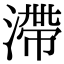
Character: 滯